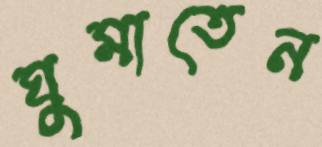
ঘুমাতেন